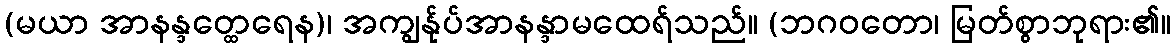
(မယာ အာနန္ဒတ္ထေရေန)၊ အကျွန်ုပ်အာနန္ဒာမထေရ်သည်။ (ဘဂဝတော၊ မြတ်စွာဘုရား၏။